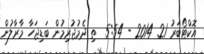
އޮކްޓޯބަރު 21